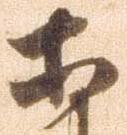
等